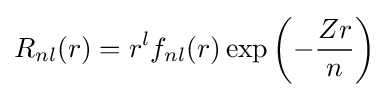
R_{nl}(r)=r^{l}f_{nl}(r)\exp \left(-{\frac {Zr}{n}}\right)